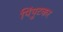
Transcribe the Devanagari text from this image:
पिंपुटकर